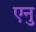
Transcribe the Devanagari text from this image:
एनु